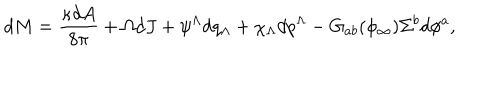
d M = { \frac { \kappa d A } { 8 \pi } } + \Omega d J + \psi ^ { \Lambda } d q _ { \Lambda } + \chi _ { \Lambda } d p ^ { \Lambda } - G _ { a b } ( \phi _ { \infty } ) \Sigma ^ { b } d \phi ^ { a } ,